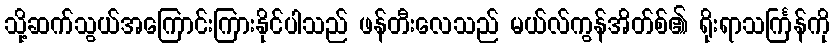
သို့ဆက်သွယ်အကြောင်းကြားနိုင်ပါသည် ဖန်တီးလေသည် မယ်လ်ကွန်အိတ်စ်၏ ရိုးရာသင်္ကြန်ကို